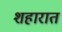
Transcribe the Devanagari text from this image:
शहारात